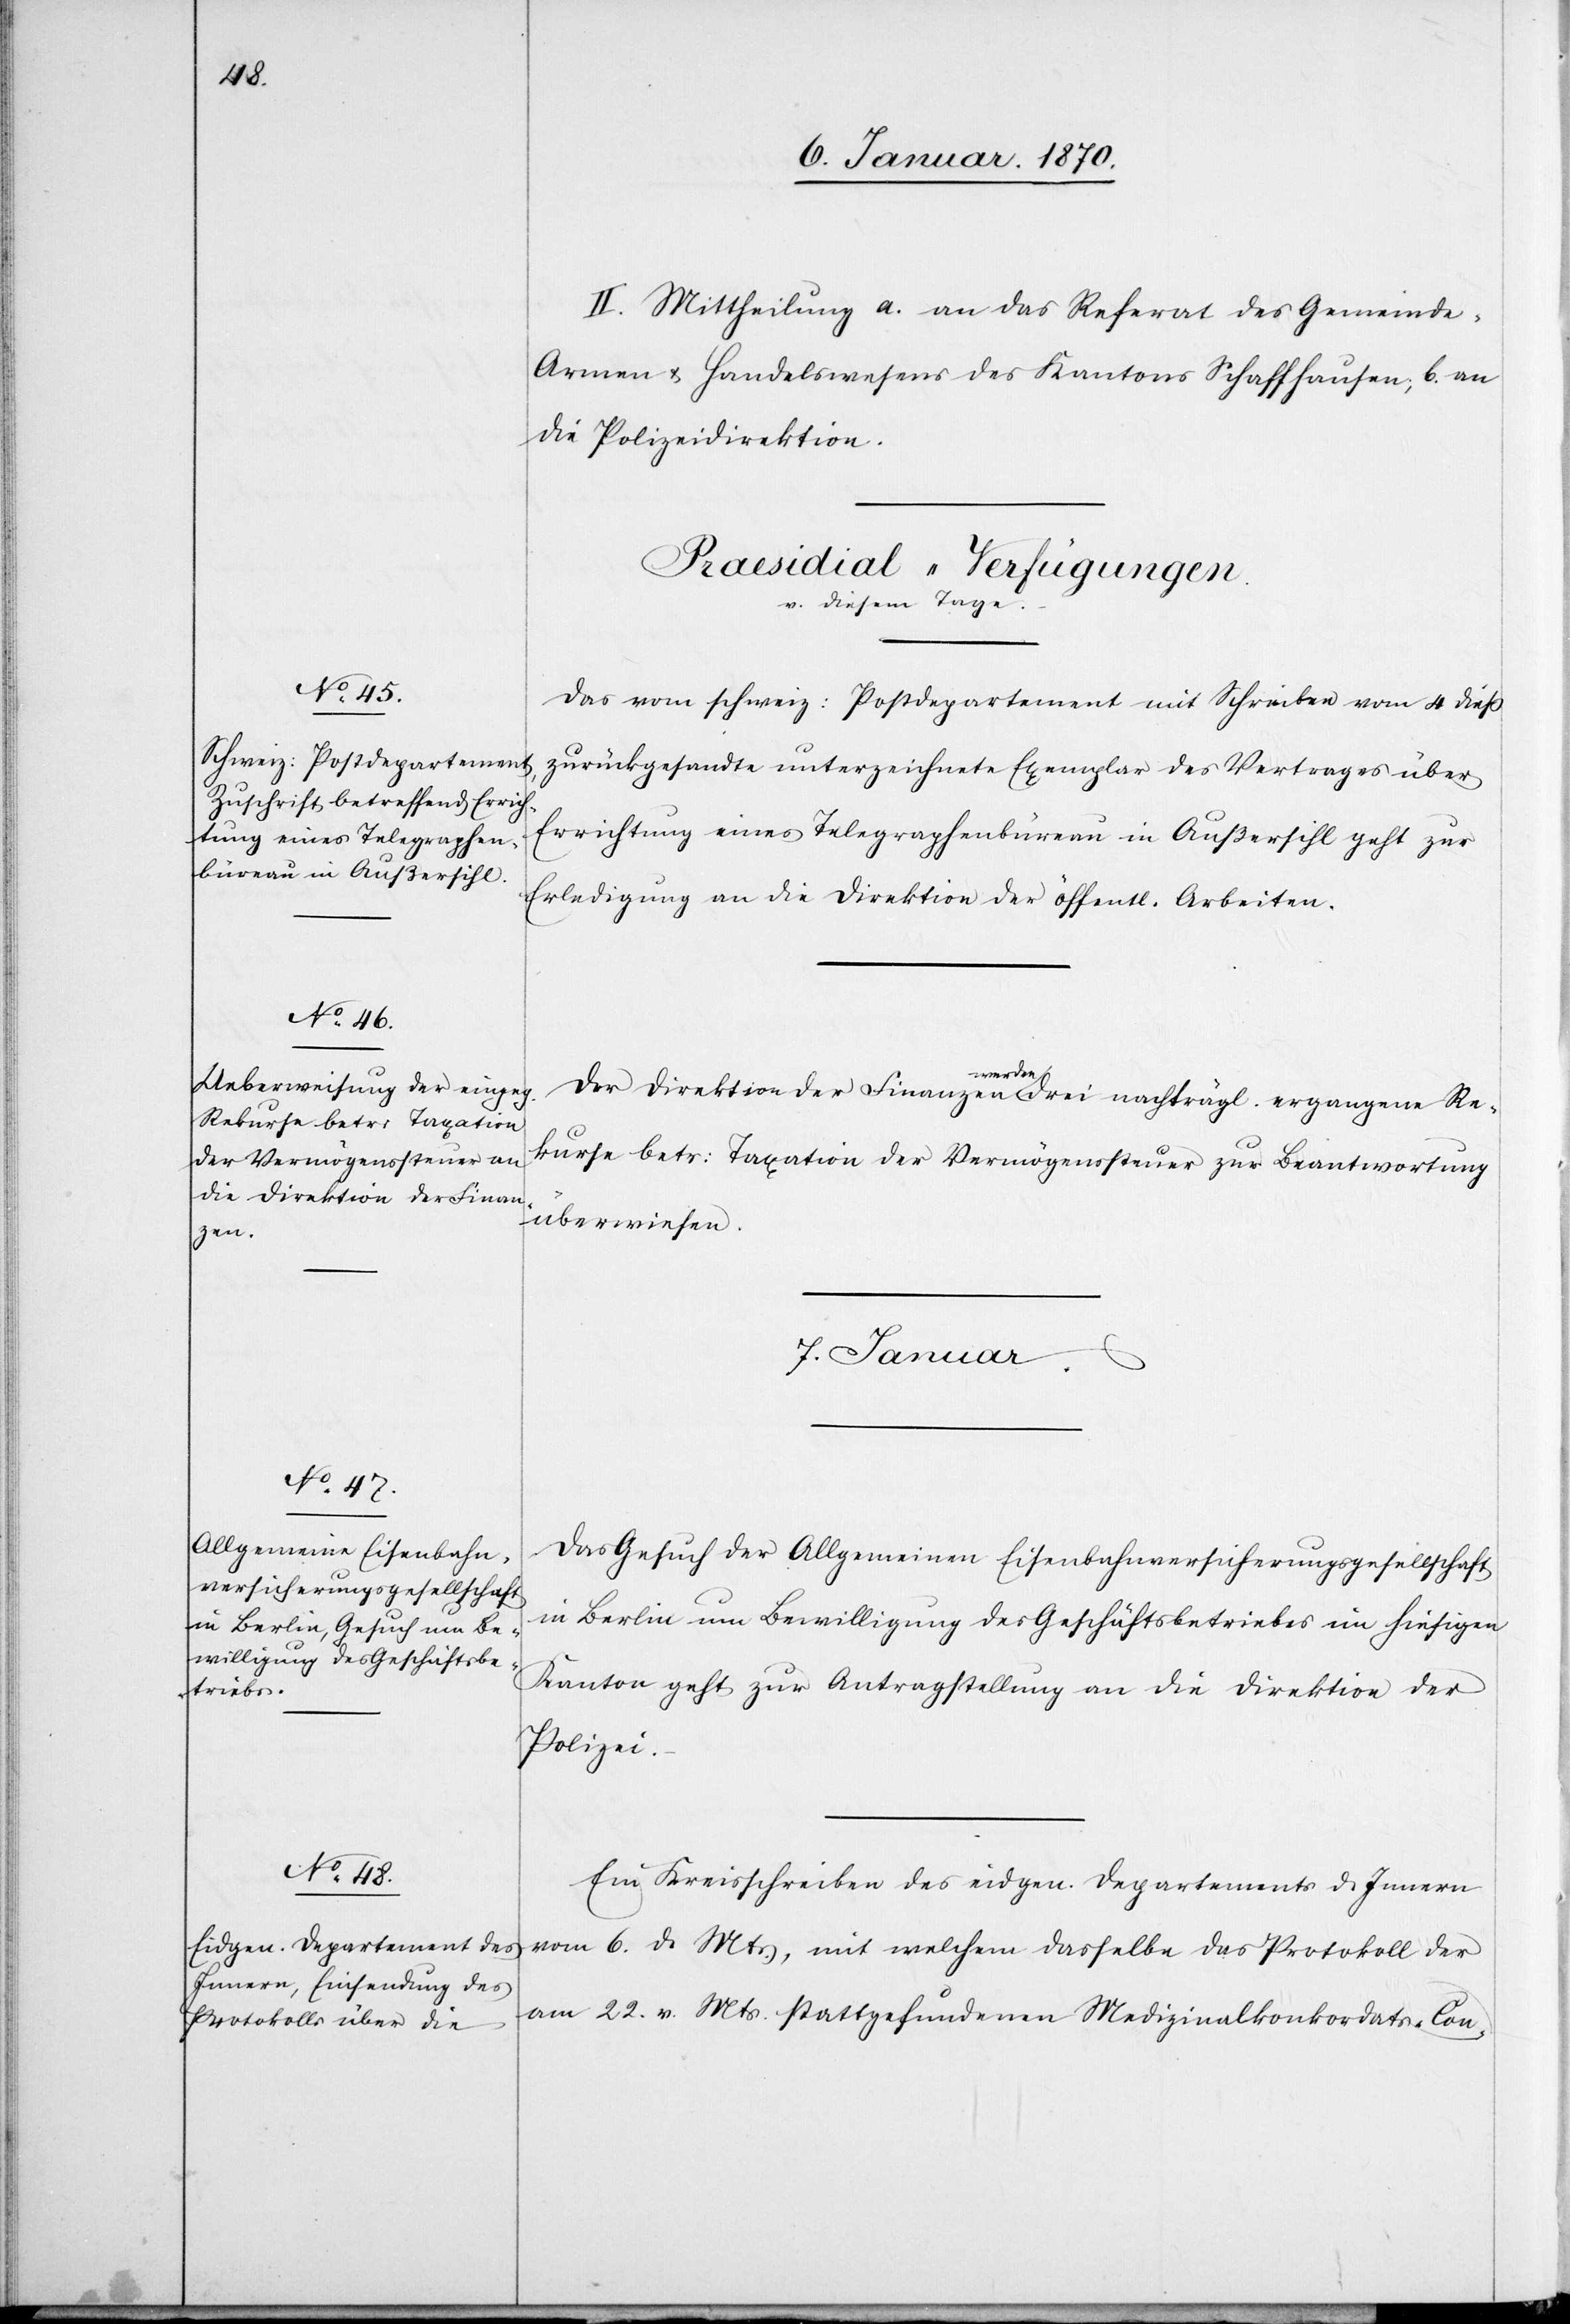
II. Mittheilung a. an das Referat des Gemeind¬
e-Armen[-] u. Handelswesens des Kantons Schaffhausen; b. an
die Polizeidirektion.
[Praesidial-Verfügungen.
diesem Tage.]
Das vom schweiz: Postdepartement mit Schreiben vom 4 dieß
zurückgesandte unterzeichnete Exemplar des Vertrages über
Errichtung eines Telegraphenbüreau in Außersihl geht zur
Erledigung an die Direktion der öffentl. Arbeiten.
Der Direktion der Finanzen werden drei nachträgl. ergangene Re¬
kurse betr: Taxation der Vermögenssteuer zur Beantwortung
überwiesen.
7. Januar.]
Das Gesuch der Allgemeinen Eisenbahnversicherungsgesellschaft
in Berlin um Bewilligung des Geschäftsbetriebes im hiesigen
Kanton geht zur Antragstellung an die Direktion der
Polizei.
Ein Kreisschreiben des eidgen. Departements d. Innern
vom 6. d. Mts., mit welchem dasselbe das Protokoll der
am 22. v. Mts. stattgefundenen Medizinalkonkordats-Con-